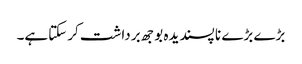
بڑے بڑے نا پسندیدہ بوجھ برداشت کرسکتاہے۔